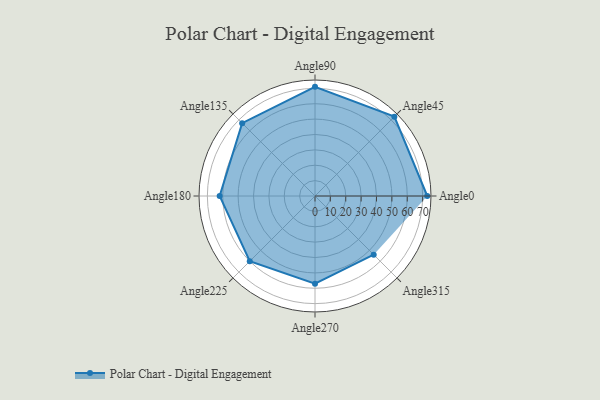
{"axis": {"x": "Angle", "y": "Radius"}, "legend": [""], "data": [{"x": "Angle0", "y": 73.0, "type": ""}, {"x": "Angle45", "y": 73.0, "type": ""}, {"x": "Angle90", "y": 71.0, "type": ""}, {"x": "Angle135", "y": 67.0, "type": ""}, {"x": "Angle180", "y": 62.0, "type": ""}, {"x": "Angle225", "y": 60.0, "type": ""}, {"x": "Angle270", "y": 57.0, "type": ""}, {"x": "Angle315", "y": 54.0, "type": ""}]}